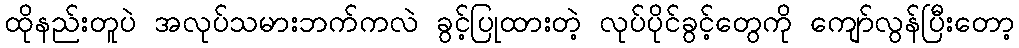
ထိုနည်းတူပဲ အလုပ်သမားဘက်ကလဲ ခွင့်ပြုထားတဲ့ လုပ်ပိုင်ခွင့်တွေကို ကျော်လွန်ပြီးတော့